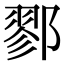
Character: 鄝